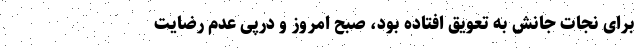
برای نجات‌ جانش‌ به تعویق افتاده بود، صبح امروز و درپی عدم رضایت